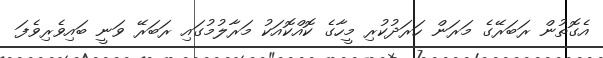
އެގޮތުން ރަބަރޭގެ މަރަން ހަރަދުކުރި މީހާގެ ކޮއްކޮއަކު މަރާލުމުގައި ރަބަރޭ ވަނީ ބައިވެރިވެފަ